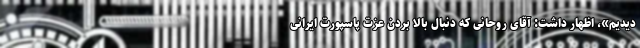
دیدیم»، اظهار داشت: آقای روحانی که دنبال بالا بردن عزت پاسپورت ایرانی